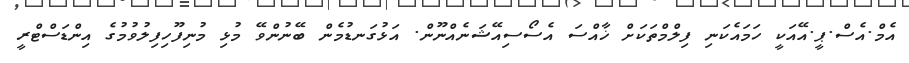
އެމް.އެސް.ޕީ.އޭއަކީ ހަމައެކަނި ފިލްމްތަކަށް ޚާއްސަ އެސޯސިއޭޝަނެއްނޫން. އަޅުގަނޑުމެން ބޭނުންވޭ މުޅި މުނިފޫހިފިލުވުމުގެ އިންޑަސްޓްރީ